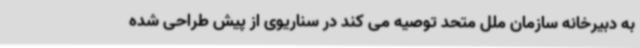
به دبیرخانه سازمان ملل متحد توصیه می کند در سناریوی از پیش طراحی شده